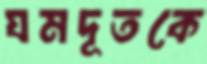
যমদূতকে